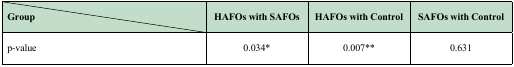
| Group | HAFOs with SAFOs | HAFOs with Control | SAFOs with Control |
 | --- | --- | --- | --- |
 | p-value | 0.034* | 0.007** | 0.631 |